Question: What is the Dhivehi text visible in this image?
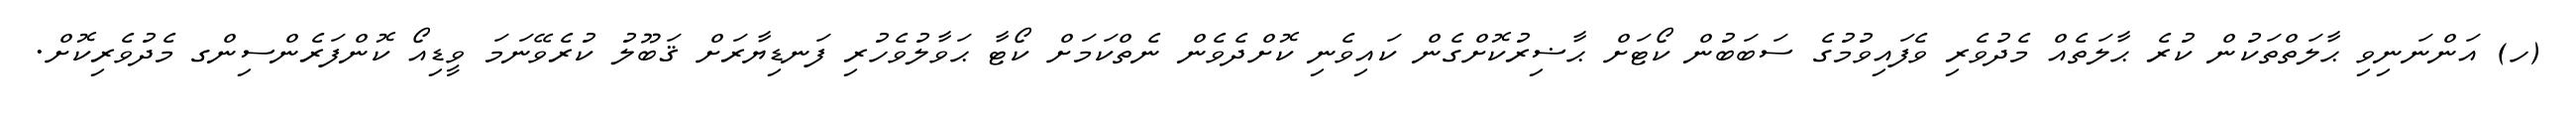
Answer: (ހ) އަންނަނިވި ޙާލަތްތަކުން ކުރެ ޙާލަތެއް މެދުވެރި ވެފައިވުމުގެ ސަބަބުން ކޯޓަށް ޙާޟިރުކޮށްގެން ކައިވެނި ކޮށްދެވެން ނެތްކަމަށް ކޯޓާ ޙަވާލުވެހުރި ފަނޑިޔާރަށް ޤަބޫލު ކުރެވޭނަމަ ވީޑިއޯ ކޮންފަރެންސިންގ މެދުވެރިކޮށް.